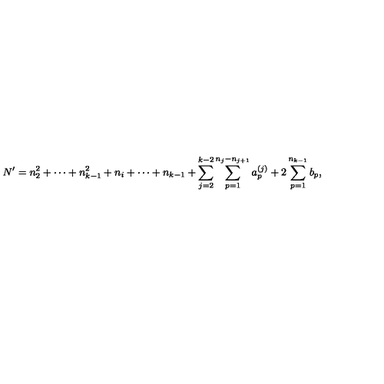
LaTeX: N ^ { \prime } = n _ { 2 } ^ { 2 } + \cdots + n _ { k - 1 } ^ { 2 } + n _ { i } + \cdots + n _ { k - 1 } + \sum _ { j = 2 } ^ { k - 2 } \sum _ { p = 1 } ^ { n _ { j } - n _ { j + 1 } } a _ { p } ^ { ( j ) } + 2 \sum _ { p = 1 } ^ { n _ { k - 1 } } b _ { p } ,